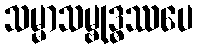
သမ္မာသမ္ဗုဒ္ဓဿပေ